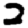
Digit: 2